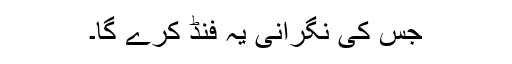
جس کی نگرانی یہ فنڈ کرے گا۔